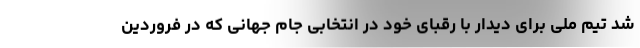
شد تیم ملی برای دیدار با رقبای خود در انتخابی جام جهانی که در فروردین